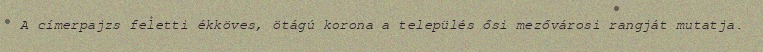
A címerpajzs feletti ékköves, ötágú korona a település ősi mezővárosi rangját mutatja.